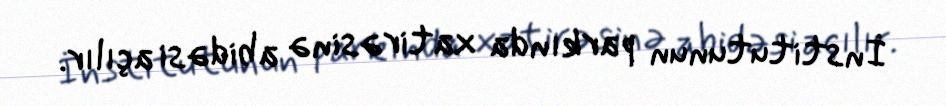
İnstitutunun parkında xatirəsinə abidəsi açılır.